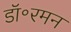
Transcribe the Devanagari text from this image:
डॉ॰रमन